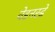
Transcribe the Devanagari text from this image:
वेडनस्डे